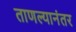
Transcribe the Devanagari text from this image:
ताणल्यानंतर